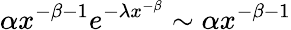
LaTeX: \alpha x^{-\beta-1}e^{-\lambda x^{-\beta}}\sim\alpha x^{-\beta-1}